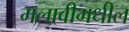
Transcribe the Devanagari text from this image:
मलावीमधील